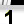
Digit: 1